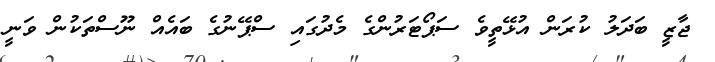
ޖާޒީ ބަދަލު ކުރަން އުޅޭތީވެ ސަޕޯޓަރުންގެ މެދުގައި ސްޕޭނުގެ ބައެއް ނޫސްތަކުން ވަނީ